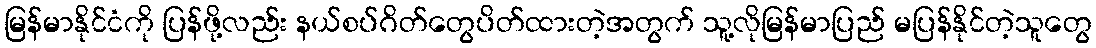
မြန်မာနိုင်ငံကို ပြန်ဖို့လည်း နယ်စပ်ဂိတ်တွေပိတ်ထားတဲ့အတွက် သူ့လိုမြန်မာပြည် မပြန်နိုင်တဲ့သူတွေ